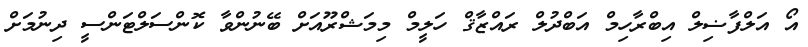
އޯ އަލްފާޟިލް އިބްރާހިމް އަބްދުލް ރައްޒާޤް ހަލީމް މިމަޝްރޫއަށް ބޭނުންވާ ކޮންސަލްޓަންސީ ދިނުމަށް